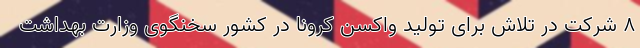
8 شرکت در تلاش برای تولید واکسن کرونا در کشور سخنگوی وزارت بهداشت